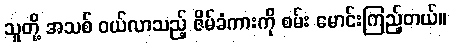
သူတို့ အသစ် ဝယ်လာသည့် ဇိမ်ခံကားကို စမ်း မောင်းကြည့်တယ်။